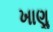
ખાણૢ